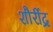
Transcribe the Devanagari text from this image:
शौरींद्र